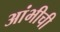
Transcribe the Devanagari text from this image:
आंभीची